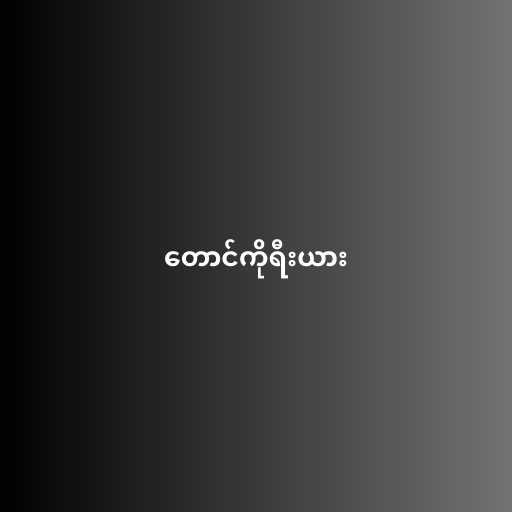
တောင်ကိုရီးယား